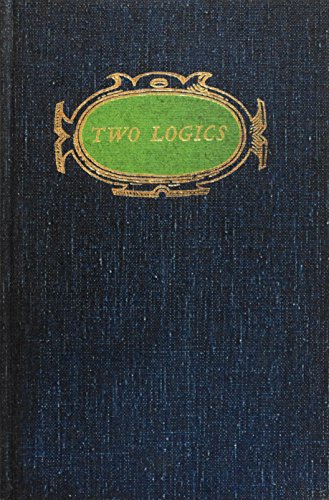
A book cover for Two Logics: The Conflict Between Classical and Neo-Analytic Philosophy; Henry Babcock Veatch; Politics & Social Sciences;